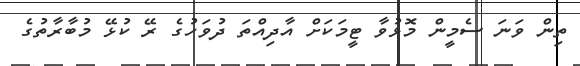
ތިން ވަނަ ސެމީން މޮޅުވާ ޓީމަކަށް އާދިއްތަ ދުވަހުގެ ރޭ ކުޅޭ މުބާރާތުގެ